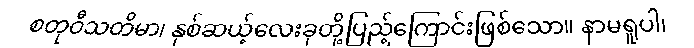
စတုဝီသတိမာ၊ နှစ်ဆယ့်လေးခုတို့ပြည့်ကြောင်းဖြစ်သော။ နာမရူပါ၊